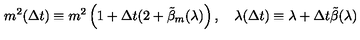
m ^ { 2 } ( \Delta t ) \equiv m ^ { 2 } \left( 1 + \Delta t ( 2 + \tilde { \beta } _ { m } ( \lambda ) \right) , \quad \lambda ( \Delta t ) \equiv \lambda + \Delta t \tilde { \beta } ( \lambda )